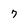
Character: 7